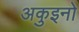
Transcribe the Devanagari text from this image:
अकुइनो